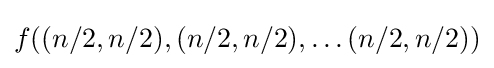
f((n/2,n/2),(n/2,n/2),\ldots (n/2,n/2))